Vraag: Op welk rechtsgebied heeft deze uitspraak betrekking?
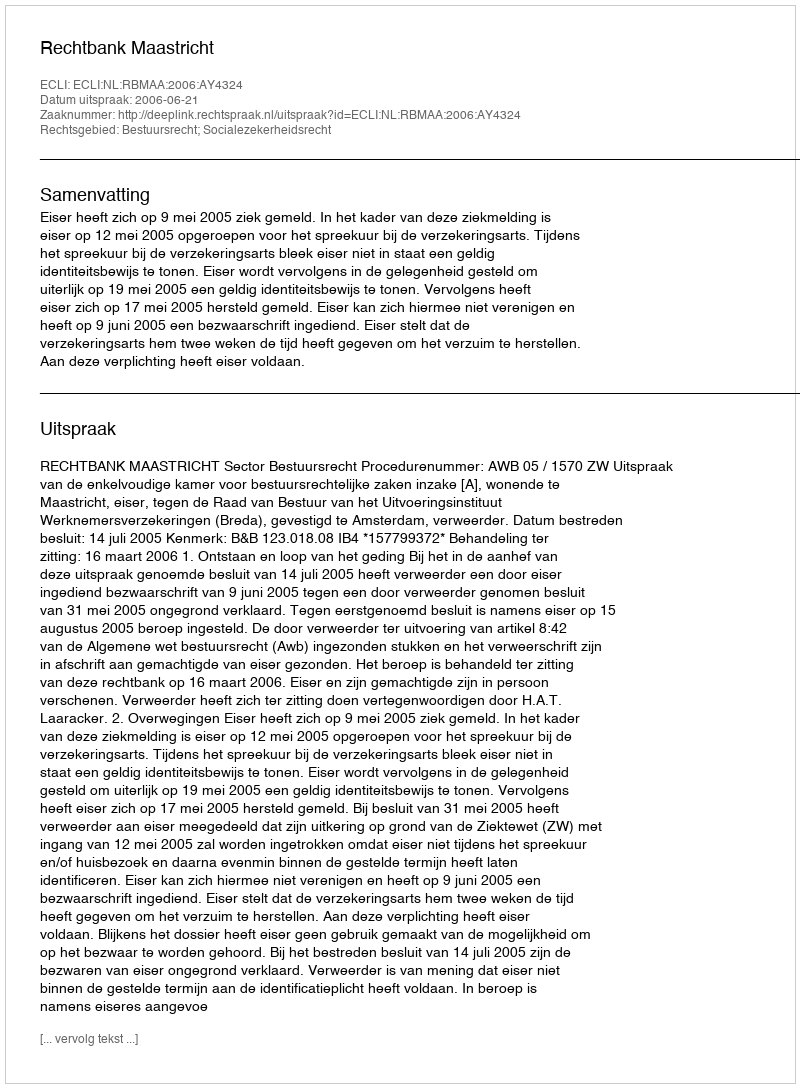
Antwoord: Bestuursrecht; Socialezekerheidsrecht